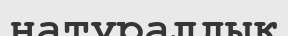
натуралдык